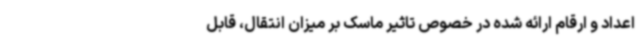
اعداد و ارقام ارائه شده در خصوص تاثیر ماسک بر میزان انتقال، قابل